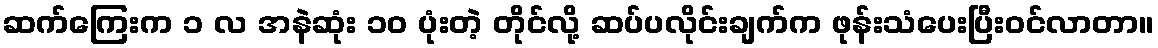
ဆက်ကြေးက ၁ လ အနဲဆုံး ၁ဝ ပုံးတဲ့ တိုင်လို့ ဆပ်ပလိုင်းချက်က ဖုန်းသံပေးပြီးဝင်လာတာ။